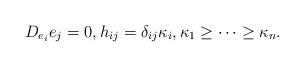
LaTeX: \begin{align*}D_{e_i}e_j=0,h_{ij}=\delta_{ij}\kappa_i,\kappa_1\geq \cdots\geq \kappa_n.\end{align*}